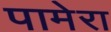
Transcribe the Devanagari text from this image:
पामेरा